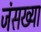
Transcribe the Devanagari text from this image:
जंसख्या